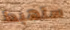
ستهبط